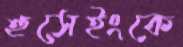
হুসেইংকে